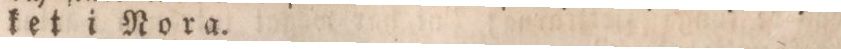
ket i Nora.